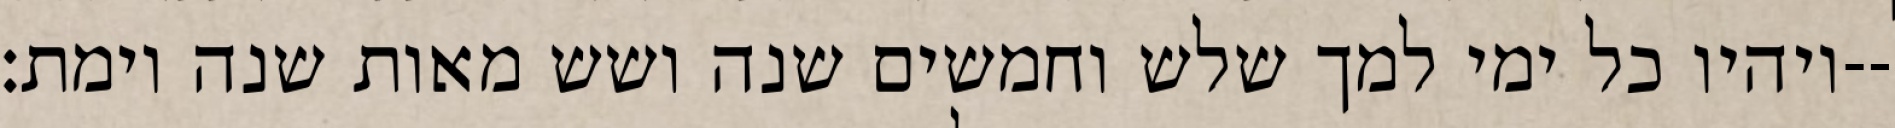
ויהיו כל ימי למך שלש וחמשים שנה ושש מאות שנה וימת׃--